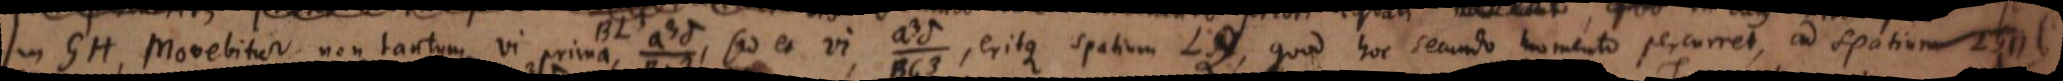
in GH, movebitur non tantum vi prima, _, sed et vi, _, eritque spatium LQ, quod hoc secundo momento percurret, ad spatium LG ⊓ β